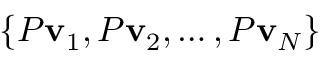
\{ P \mathbf { v } _ { 1 } , P \mathbf { v } _ { 2 } , \ldots , P \mathbf { v } _ { N } \}